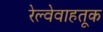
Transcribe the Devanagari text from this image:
रेल्वेवाहतूक